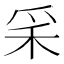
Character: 𥝩